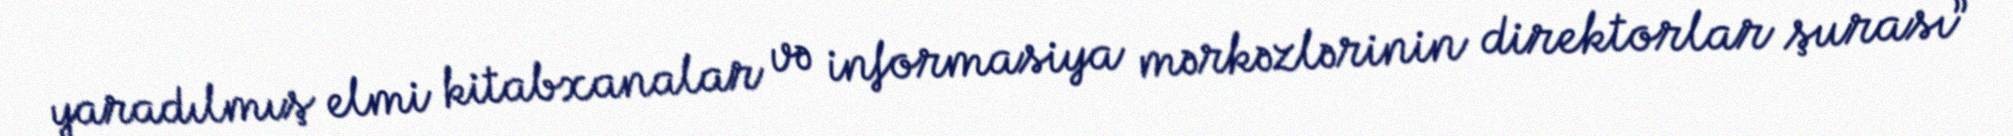
yaradılmış elmi kitabxanalar və informasiya mərkəzlərinin direktorlar şurası”